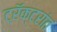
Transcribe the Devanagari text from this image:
ट्रॅक्टरांत